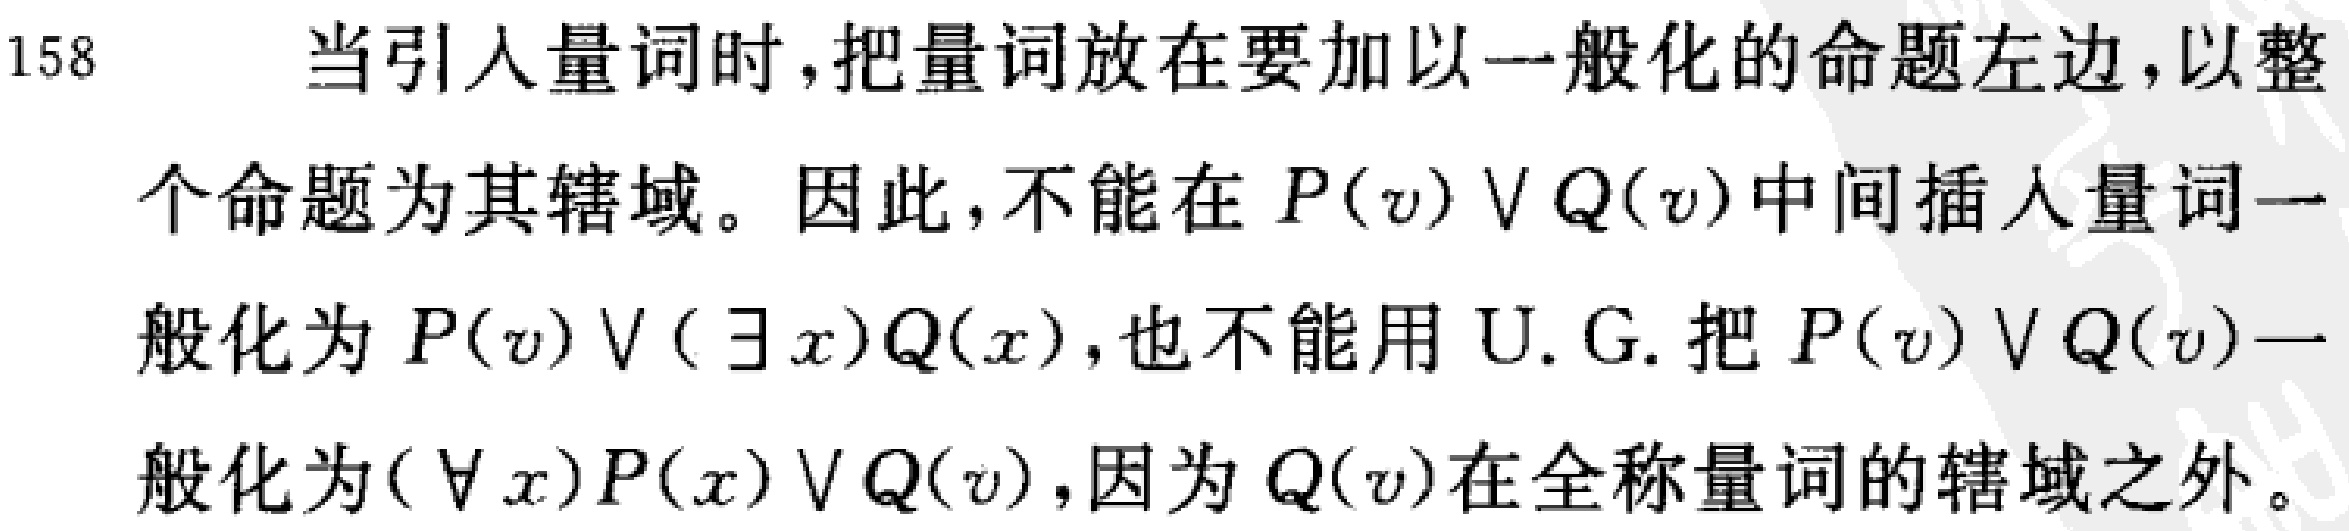
当引入量词时,把量词放在要加以一般化的命题左边,以整个命题为其辖域。因此,不能在 \(P(v)\vee Q(v)\)中间插入量词一般化为 \(P(v)\vee (\exists x)Q(x)\),也不能用U.G.把 \(P(v)\vee Q(v)\)一般化为 \((\forall x)P(x)\vee Q(v)\),因为 \(Q(v)\)在全称量词的辖域之外。